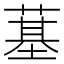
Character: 𦸀